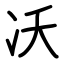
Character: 㓇